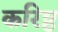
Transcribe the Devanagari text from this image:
करिष्ठ